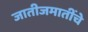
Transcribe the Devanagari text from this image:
जातीजमातींचे